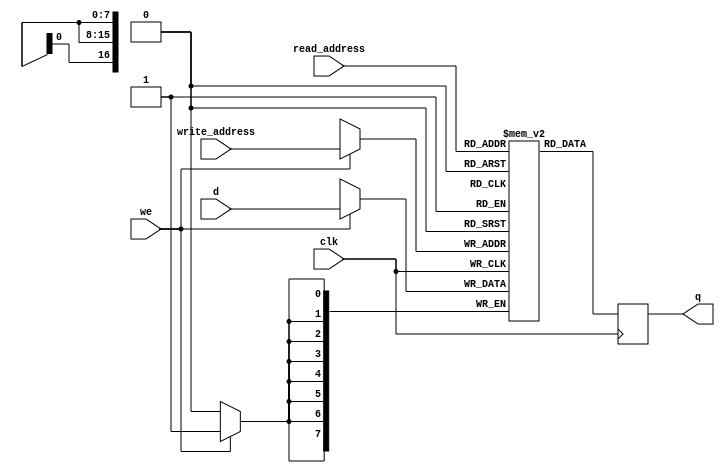
//============================================================
// M10K module
//============================================================


module M10K_76800_8( //8 bit colors with 240 rows * 320 pixels/row
    output reg [7:0] q,
    input [7:0] d,
    input [16:0] write_address, read_address,
    input we, clk
);
	 // force M10K ram style
    reg [7:0] mem [76800:0]  /* synthesis ramstyle = "no_rw_check, M10K" */;

    always @ (posedge clk) begin
        if (we) begin
            mem[write_address] <= d;
        end
        q <= mem[read_address]; // q doesn't get d in this clock cycle
    end
endmodule